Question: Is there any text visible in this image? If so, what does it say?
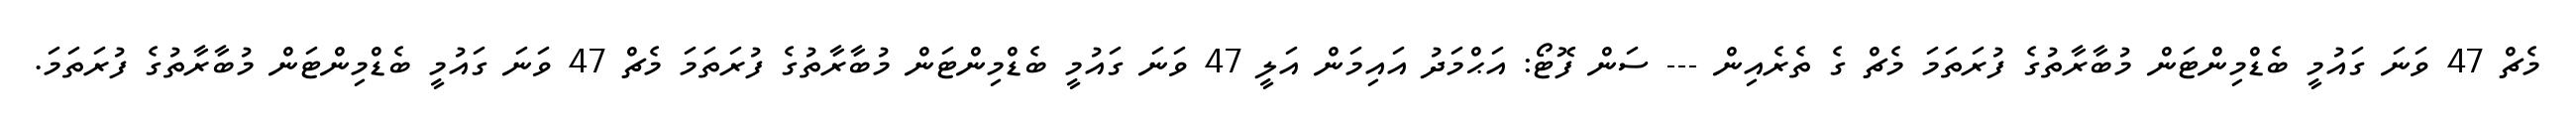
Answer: މެޗް 47 ވަނަ ގައުމީ ބެޑްމިންޓަން މުބާރާތުގެ ފުރަތަމަ މެޗް ގެ ތެރެއިން --- ސަން ފޮޓޯ: އަޙްމަދު އައިމަން އަލީ 47 ވަނަ ގައުމީ ބެޑްމިންޓަން މުބާރާތުގެ ފުރަތަމަ މެޗް 47 ވަނަ ގައުމީ ބެޑްމިންޓަން މުބާރާތުގެ ފުރަތަމަ.